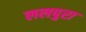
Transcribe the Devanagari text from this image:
ललपुरा